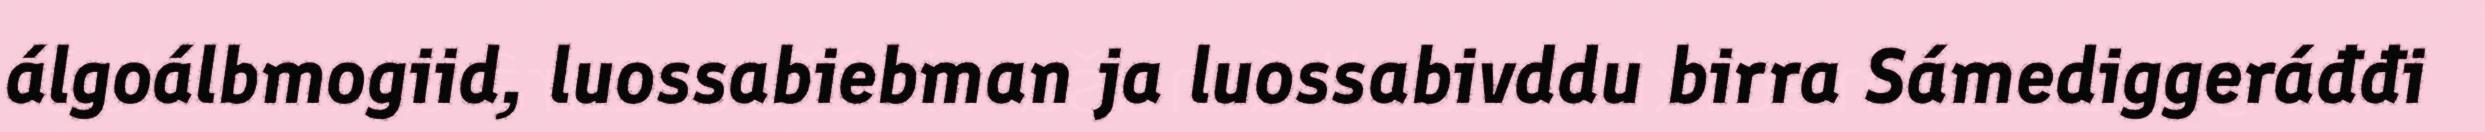
álgoálbmogiid, luossabiebman ja luossabivddu birra Sámediggeráđđi